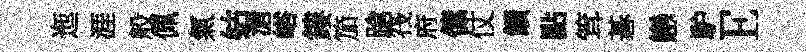
迤涯般佩氣姑滄峪鏤笳蹌筏府傃仗饋點䇯碁戀馿E